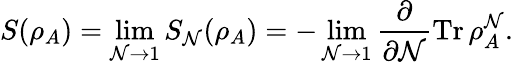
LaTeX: S(\rho_{A})=\operatorname*{lim}_{\mathcal{N}\to1}S_{\mathcal{N}}(\rho_{A})=-\operatorname*{lim}_{\mathcal{N}\to1}\frac{{\partial}}{{\partial\mathcal{N}}}\operatorname{Tr}\rho_{A}^{\mathcal{N}}.